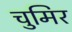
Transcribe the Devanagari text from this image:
चुमिर